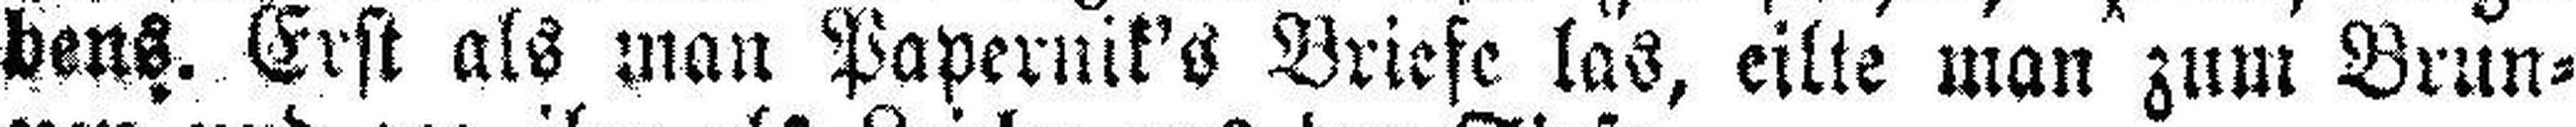
bens. Erst als man Papernik's Briefe las, eilte man zum Brun¬